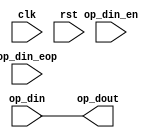
module passthrough(
  clk,
  rst,
  op_din_en,
  op_din_eop,
  op_din,
  op_dout
);

parameter Q = 8;
parameter RELU = 0;

input clk;
input rst;
input op_din_en;
input op_din_eop;
input [15:0] op_din;
output [15:0] op_dout;

assign op_dout = op_din;

endmodule